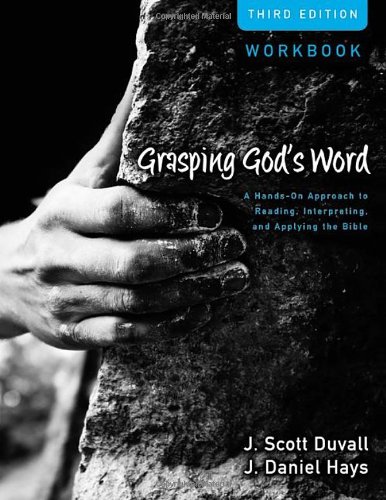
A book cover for Grasping God's Word Workbook: A Hands-On Approach to Reading, Interpreting, and Applying the Bible; J. Scott Duvall; Christian Books & Bibles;